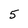
Character: 5